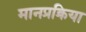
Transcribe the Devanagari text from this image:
मानप्रक्रिया